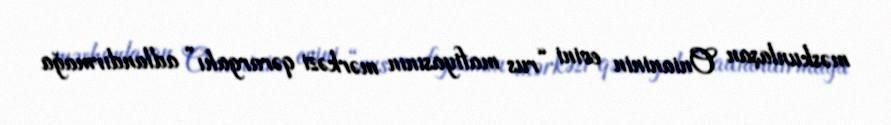
məskunlaşan Onianinin evini “rus mafiyasının mərkəzi qərargahı” adlandırmağa